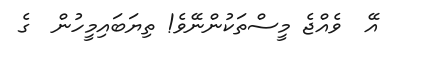
އޭ  ވެއްޖެ މީސްތަކުންނޭވެ! ތިޔަބައިމީހުން  ގެ